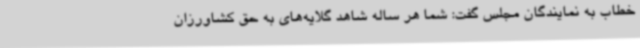
خطاب به نمایندگان مجلس گفت: شما هر ساله شاهد گلایه‌های به حق کشاورزان